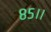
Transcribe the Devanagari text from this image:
८५।।